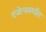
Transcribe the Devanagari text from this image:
एंजेल्समधील